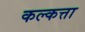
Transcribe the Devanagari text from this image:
कल्कत्ता